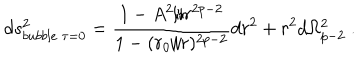
LaTeX: d s _ { b u b b l e \ \tau = 0 } ^ { 2 } = \frac { 1 - A ^ { 2 } / r ^ { 2 p - 2 } } { 1 - ( r _ { 0 } / r ) ^ { 2 p - 2 } } d r ^ { 2 } + r ^ { 2 } d \Omega _ { p - 2 } ^ { 2 } \ .